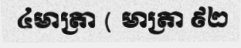
៤មាត្រា ( មាត្រា ៩២